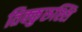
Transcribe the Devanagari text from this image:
तिक्कुरुश्शि